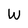
Character: w